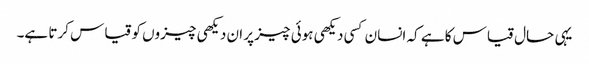
یہی حال قیاس کا ہے کہ انسان کسی دیکھی ہوئی چیز پر ان دیکھی چیزوں کو قیاس کرتا ہے۔